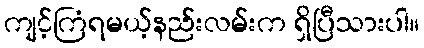
ကျင့်ကြံရမယ့်နည်းလမ်းက ရှိပြီသားပါ။